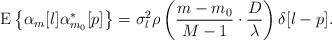
LaTeX: \begin{align*}\mathrm{E}\left\{\alpha_m[l]\alpha_{m_0}^*[p]\right\}=\sigma_l^2\rho\left(\frac{m-m_0}{M-1}\cdot\frac{D}{\lambda}\right)\delta[l-p].\end{align*}